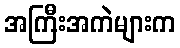
အကြီးအကဲများက